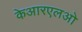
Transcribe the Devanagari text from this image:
केआरएलओ